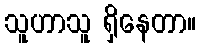
သူဟာသူ ရှိနေတာ။